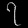
Digit: ၇